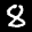
Label: 8